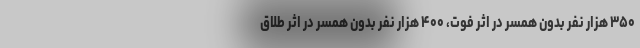
۳۵۰ هزار نفر بدون همسر در اثر فوت، ۴۰۰ هزار نفر بدون همسر در اثر طلاق